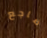
ضاجع